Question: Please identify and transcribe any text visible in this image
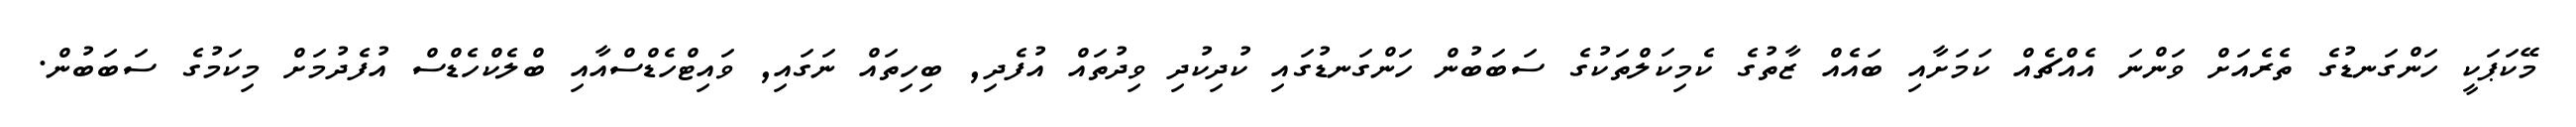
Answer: މޭކަޕަކީ ހަންގަނޑުގެ ތެރެއަށް ވަންނަ އެއްޗެއް ކަމަށާއި ބައެއް ޒާތުގެ ކެމިކަލްތަކުގެ ސަބަބުން ހަންގަނޑުގައި ކުދިކުދި ވިދުތައް އުފެދި, ބިހިތައް ނަގައި, ވައިޓްހެޑްސްއާއި ބްލެކްހެޑްސް އުފެދުމަށް މިކަމުގެ ސަބަބުން.